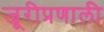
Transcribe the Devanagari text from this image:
जूरीप्रणाली